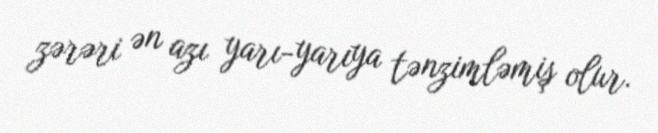
zərəri ən azı yarı-yarıya tənzimləmiş olur.